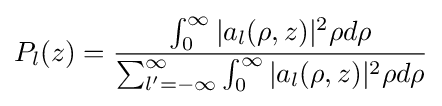
P_{l}(z)={\frac {\int _{0}^{\infty }|a_{l}(\rho ,z)|^{2}\rho d\rho }{\sum _{l'=-\infty }^{\infty }\int _{0}^{\infty }|a_{l}(\rho ,z)|^{2}\rho d\rho }}